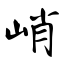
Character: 峭